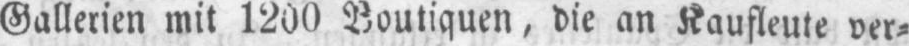
Gallerien mit 1200 Boutiquen, die an Kaufleute ver⸗